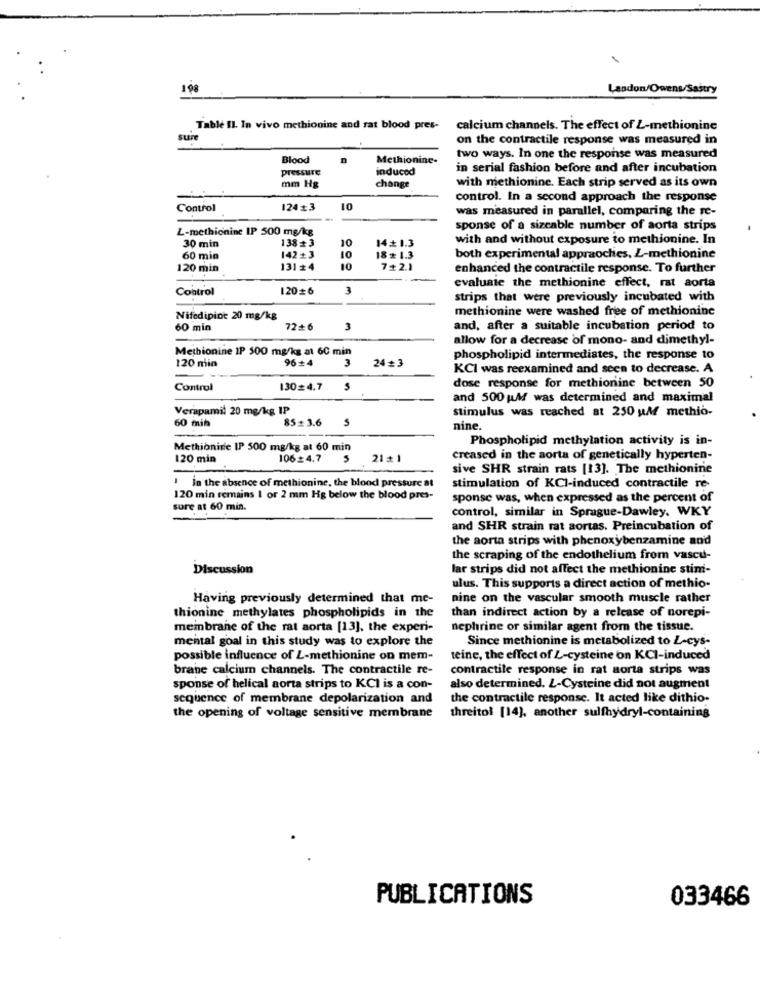
198
Landon/Owens/Sastry
Table Il. In vivo methionine and rat blood pres-
calcium channels. The effect of L-methionine
sure
on the contractile response was measured in
Blood
Methionine.
two ways. In one the response was measured
Pressure
induced
in serial fashion before and after incubation
mm Hg
change
with methionine. Each strip served as its own
control. In a second approach the response
Control
124+3
10
was measured in parallel, comparing the re-
L-methionine IP 500 mg/kg
sponse of a sizeable number of aorta strips
138+3
14+ 1.3
with and without exposure to methionine. In
30 min
10
60 min
142+3
10
18* 1.3
both experimental appraoches, Z-methionine
120 min
131#4
10
7+2.1
enhanced the contractile response. To further
Control
120#6
3
evaluate the methionine effect, rat aorta
strips that were previously incubated with
methionine were washed free of methionine
Nifedipine 20 mg/kg
60 min
72+6
3
and, after a suitable incubation period to
allow for a decrease of mono- and dimethyl-
Methionine IP 500 mg/kg at 60 min
96+4
3
24 = 3
phospholipid intermediates, the response to
120 min
KCI was reexamined and seen to decrease. A
dose response for methionine between 50
Control
130=4.7
and 500 M was determined and maximal
Verapamil 20 mg/kg IP
stimulus was reached at 250 uM methio-
60 min
85+3.6
nine.
Phospholipid methylation activity is in-
Methionine IP 500 mg/kg at 60 min
120 min
106_4.7
21 +1
creased in the aorta of genetically hyperten-
sive SHR strain rats [13]. The methionine
in the absence of methionine, the blood pressure at
stimulation of KCI-induced contractile re-
120 min remains I or 2 mm Hg below the blood pres-
sponse was, when expressed as the percent of
sure at 60 min.
control, similar in Sprague-Dawley. WKY
and SHR strain rat aortas. Preincubation of
the aorta strips with phenoxybenzamine an'd
the scraping of the endothelium from vascu-
Discussion
lar strips did not affect the methionine stint-
ulus. This supports a direct action of methio-
Having previously determined that me-
nine on the vascular smooth muscle rather
than indirect action by a release of norepi-
thionine methylates phospholipids in the
membrane of the rat aorta [13], the experi-
nephrine or similar agent from the tissue.
mental goal in this study was to explore the
Since methionine is metabolized to Z-cys-
possible influence of L-methionine on mem-
teine, the effect of L-cysteine on KCI-induced
brane calcium channels. The contractile re-
contractile response in rat aorta strips was
sponse of helical aorta strips to KCI is a con-
also determined. L-Cysteine did not augment
sequence of membrane depolarization and
the contractile response. It acted like dithio-
the opening of voltage sensitive membrane
threitol [14], another sulfhydryl-containing
033466
PUBLICATIONS